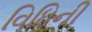
વિધિની